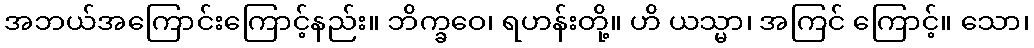
အဘယ်အကြောင်းကြောင့်နည်း။ ဘိက္ခဝေ၊ ရဟန်းတို့။ ဟိ ယသ္မာ၊ အကြင် ကြောင့်။ သော၊